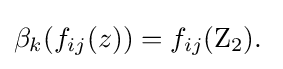
\beta _{k}(f_{ij}(z))=f_{ij}(\mathrm {Z} _{2}).\;